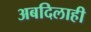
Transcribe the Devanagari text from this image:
अबदिलाही